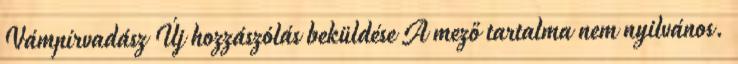
Vámpírvadász Új hozzászólás beküldése A mező tartalma nem nyilvános.